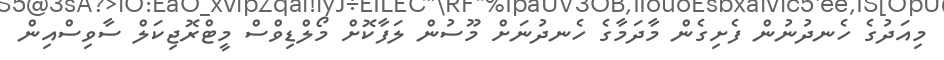
މިއަދުގެ ހެނދުނުން ފެށިގެން މާދަމާގެ ހެނދުނަށް މޫސުން ލަފާކޮށް މޯލްޑިވްސް މީޓްރޮޖިކަލް ސާވިސްއިން